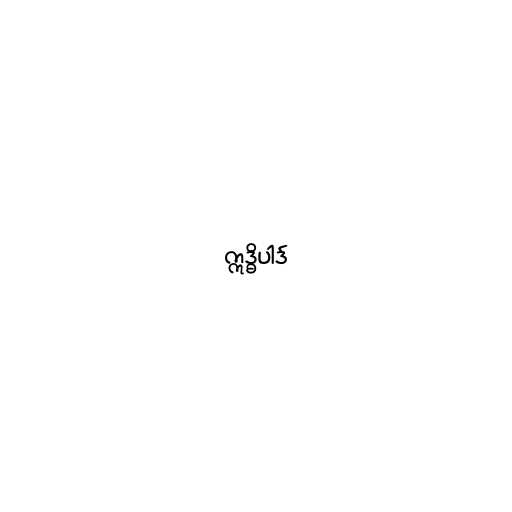
ဣဒ္ဓိပါဒ်